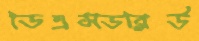
ডিএসডব্লিউ